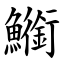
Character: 䲗